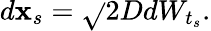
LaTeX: d\mathbf{x}_{s}=\sqrt{}{{2D}}dW_{t_{s}}.